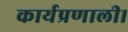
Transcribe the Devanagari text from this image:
कार्यप्रणाली।